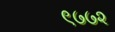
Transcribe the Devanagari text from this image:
९७७२